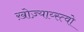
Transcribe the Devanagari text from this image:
ख़ोज़्याय्स्त्वो